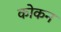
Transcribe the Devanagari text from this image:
कोकन